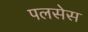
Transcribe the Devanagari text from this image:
पलसेस